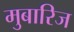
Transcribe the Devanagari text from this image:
मुबारिज